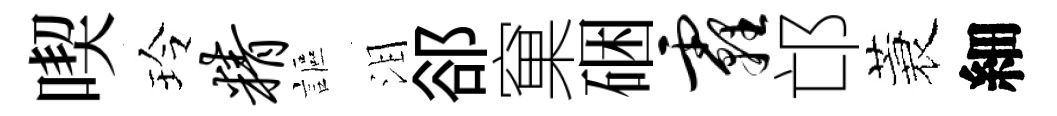
喫玲精謳泪郤窠硱霾邙蓑細